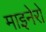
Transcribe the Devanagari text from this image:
माइनेरो